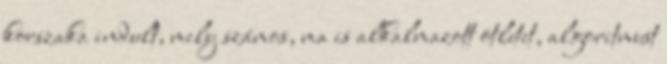
korszaka indult, mely számos, ma is alkalmazott ötletet, algoritmust